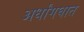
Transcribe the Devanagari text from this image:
अर्धांगघात